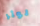
لوثر